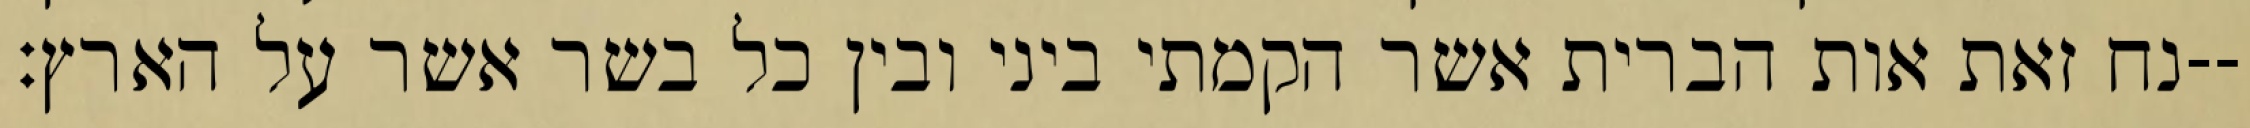
נח זאת אות הברית אשר הקמתי ביני ובין כל בשר אשר על הארץ׃--